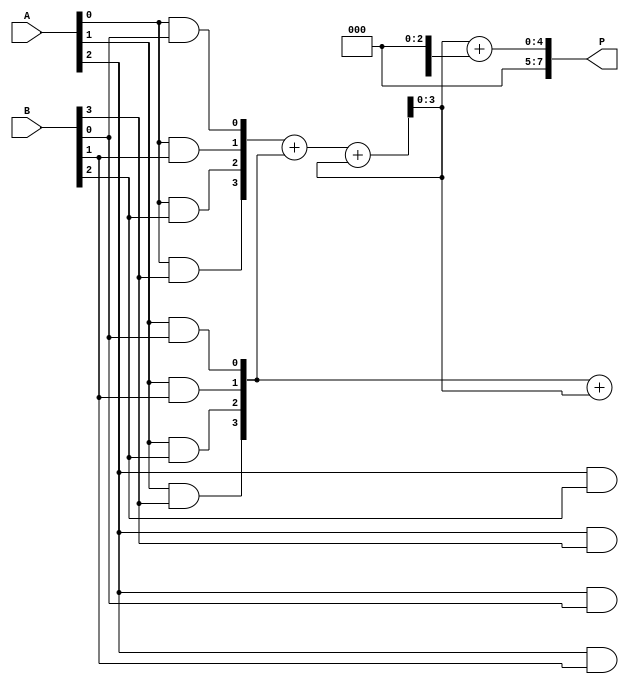
module low_power_wallace_tree_multiplier #(parameter N = 4) (
    input [N-1:0] A,
    input [N-1:0] B,
    output reg [2*N-1:0] P
);

    // Partial Product Generation
    wire [N-1:0] pp [0:N-1]; // Partial products
    genvar i, j;
    generate
        for (i = 0; i < N; i = i + 1) begin : pp_gen
            for (j = 0; j < N; j = j + 1) begin : pp_row
                assign pp[i][j] = A[i] & B[j];
            end
        end
    endgenerate

    // Wallace Tree Reduction
    wire [N-1:0] sum [0:N-1]; // Sums
    wire [N-1:0] carry [0:N-1]; // Carries

    // Stage 1: Combine partial products using half adders and full adders
    generate
        for (i = 0; i < N-1; i = i + 1) begin : reduction_stage
            if (i % 3 == 0) begin
                // Full adder for three inputs
                assign {carry[i/3], sum[i/3]} = pp[i] + pp[i+1] + pp[i+2];
            end else if (i % 3 == 1) begin
                // Half adder for two inputs
                assign {carry[i/3], sum[i/3]} = pp[i] + pp[i+1];
            end else begin
                // Pass through for the last input
                assign sum[i/3] = pp[i];
            end
        end
    endgenerate

    // Final Addition using Carry-Propagate Adder
    wire [N-1:0] final_sum;
    wire final_carry;

    assign {final_carry, final_sum} = sum[0] + sum[1];

    always @(*) begin
        P = {final_carry, final_sum};
    end

endmodule